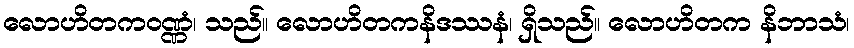
လောဟိတကဝဏ္ဏံ၊ သည်။ လောဟိတကနိဒဿနံ၊ ရှိသည်။ လောဟိတက နိဘာသံ၊